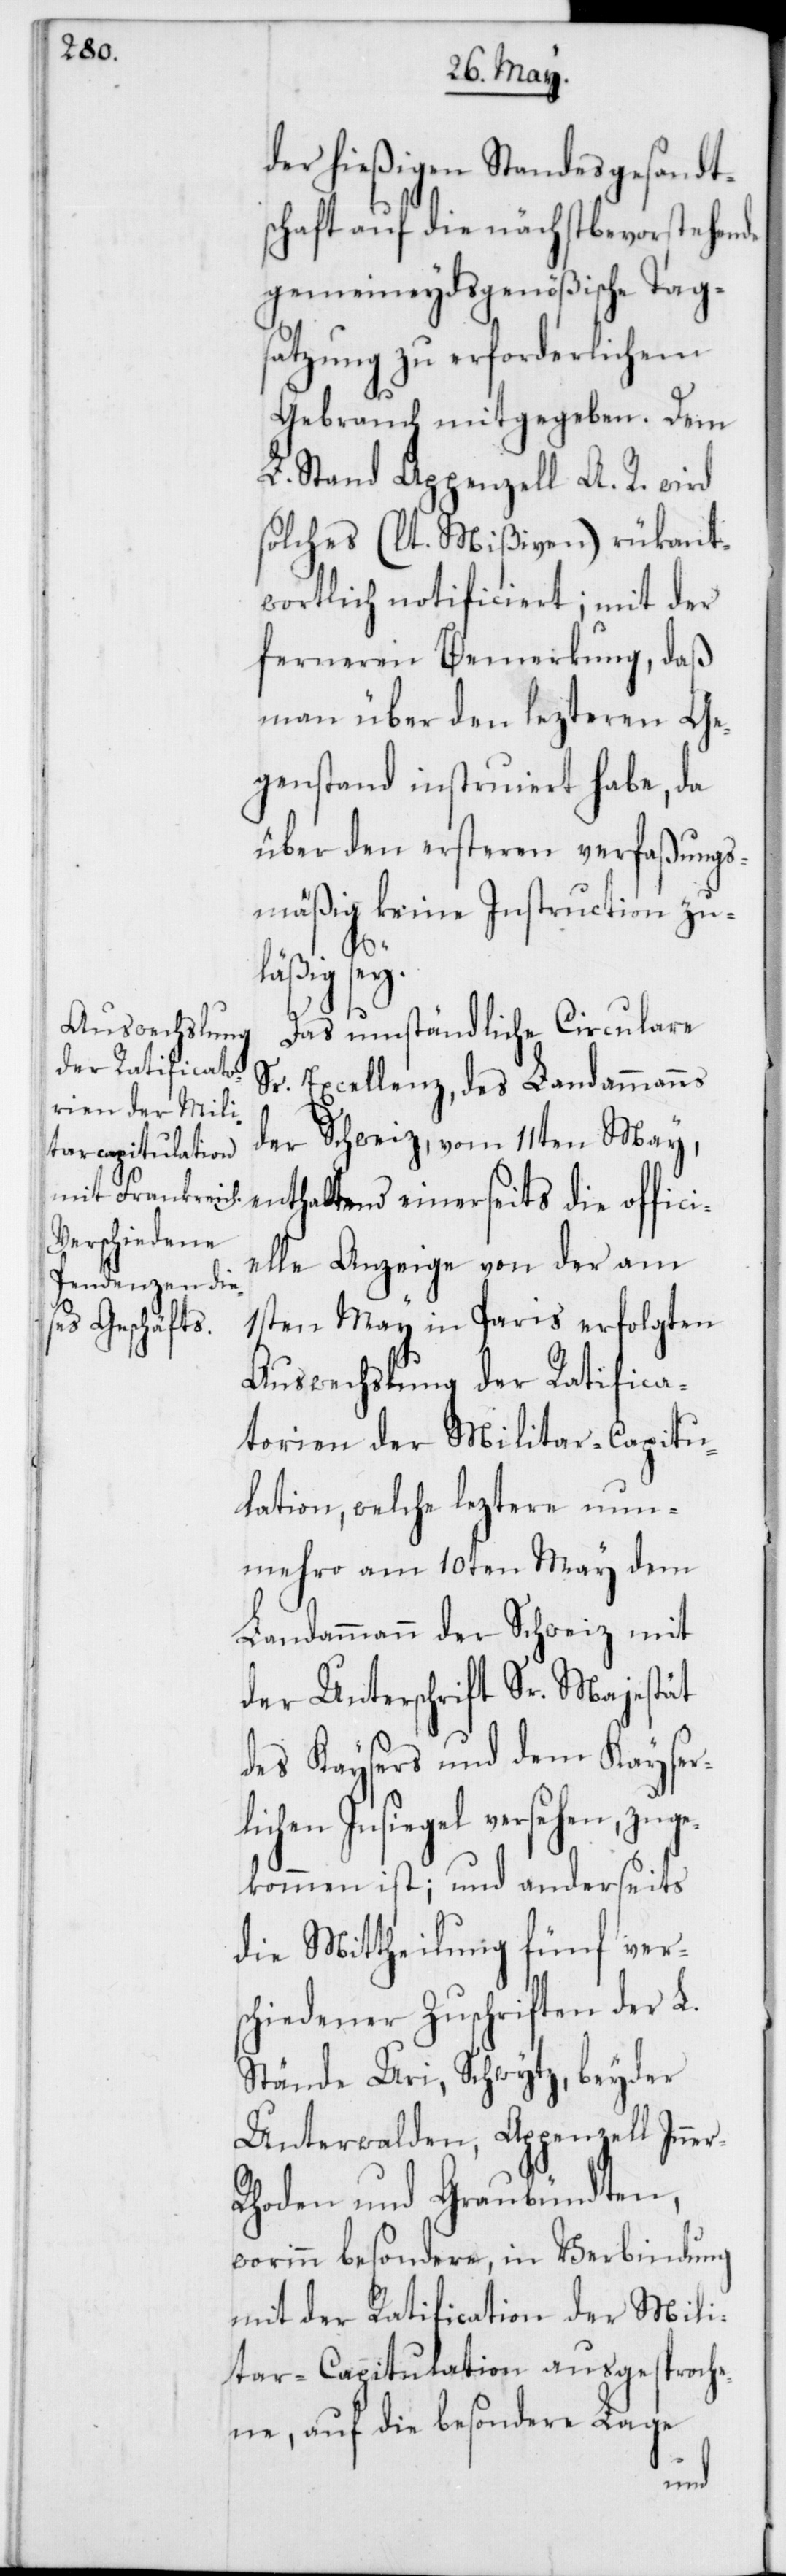
der hießigen Standesgesandt¬
schaft auf die nächstbevorstehende
gemeineydsgenößische Tags¬
atzung zu erforderlichem
Gebrauch mitgegeben. Dem
L. Stand Appenzell A. R. wird
solches (lt. Mißiven) rükant¬
wortlich notificiert; mit der
ferneren Bemerkung, daß
man über den lezteren Ge¬
genstand instruiert habe, da
über den ersteren verfaßungs¬
mäßig keine Instruction zu¬
r-R¬
läßig sey.
Das umständliche Circulare
Sr. Excellenz, des Landammanns
der Schweiz, vom 11ten May,
enthaltend einerseits die offici¬
elle Anzeige von der am
1sten May in Paris erfolgten
Auswechslung der Ratifica¬
torien der Militar-Capitu¬
lation, welche leztere nun¬
mehro am 10ten May dem
Landammann der Schweiz mit
der Unterschrift Sr. Majestät
des Kaysers und dem Kayser¬
lichen Insiegel versehen, zuge¬
kommen ist; und anderseits
die Mittheilung fünf vers¬
chiedener Zuschriften der L.
Stände Uri, Schwytz, beyder
Unterwalden, Appenzell Inne¬
hoden und Graubündten,
worinn besondere, in Verbindung
mit der Ratification der Mili¬
tar-Capitulation ausgesproch¬
ene, auf die besondere Lage